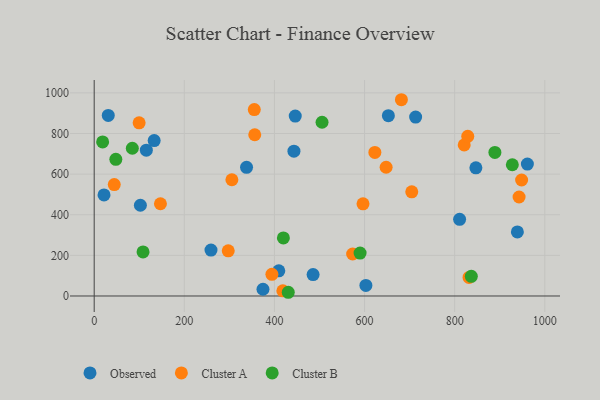
{"axis": {"x": "Study Hours", "y": "Fuel Efficiency"}, "legend": ["Cluster A", "Cluster B", "Observed"], "data": [{"x": "713.4", "y": 881.1, "type": "Observed"}, {"x": "102.5", "y": 446.8, "type": "Observed"}, {"x": "133.1", "y": 765.3, "type": "Observed"}, {"x": "259.2", "y": 226.3, "type": "Observed"}, {"x": "115.7", "y": 717.8, "type": "Observed"}, {"x": "443.3", "y": 712.9, "type": "Observed"}, {"x": "939.2", "y": 315.6, "type": "Observed"}, {"x": "446.2", "y": 885.9, "type": "Observed"}, {"x": "338.1", "y": 633.4, "type": "Observed"}, {"x": "961.4", "y": 649.3, "type": "Observed"}, {"x": "31.2", "y": 889.2, "type": "Observed"}, {"x": "652.9", "y": 887.7, "type": "Observed"}, {"x": "811.0", "y": 377.7, "type": "Observed"}, {"x": "409.7", "y": 124.0, "type": "Observed"}, {"x": "847.1", "y": 630.9, "type": "Observed"}, {"x": "374.6", "y": 33.2, "type": "Observed"}, {"x": "603.0", "y": 51.8, "type": "Observed"}, {"x": "21.8", "y": 497.7, "type": "Observed"}, {"x": "485.8", "y": 105.6, "type": "Observed"}, {"x": "704.8", "y": 513.0, "type": "Cluster A"}, {"x": "596.6", "y": 454.0, "type": "Cluster A"}, {"x": "147.0", "y": 454.1, "type": "Cluster A"}, {"x": "394.4", "y": 106.6, "type": "Cluster A"}, {"x": "356.3", "y": 793.8, "type": "Cluster A"}, {"x": "831.9", "y": 91.3, "type": "Cluster A"}, {"x": "305.6", "y": 572.3, "type": "Cluster A"}, {"x": "821.2", "y": 743.6, "type": "Cluster A"}, {"x": "418.7", "y": 25.2, "type": "Cluster A"}, {"x": "943.0", "y": 487.3, "type": "Cluster A"}, {"x": "681.8", "y": 966.3, "type": "Cluster A"}, {"x": "647.9", "y": 633.9, "type": "Cluster A"}, {"x": "99.7", "y": 852.6, "type": "Cluster A"}, {"x": "355.3", "y": 917.7, "type": "Cluster A"}, {"x": "948.6", "y": 571.1, "type": "Cluster A"}, {"x": "297.5", "y": 222.4, "type": "Cluster A"}, {"x": "622.9", "y": 706.8, "type": "Cluster A"}, {"x": "573.6", "y": 206.7, "type": "Cluster A"}, {"x": "44.5", "y": 548.6, "type": "Cluster A"}, {"x": "829.1", "y": 786.0, "type": "Cluster A"}, {"x": "889.3", "y": 706.9, "type": "Cluster B"}, {"x": "590.1", "y": 211.1, "type": "Cluster B"}, {"x": "928.0", "y": 646.2, "type": "Cluster B"}, {"x": "48.0", "y": 672.9, "type": "Cluster B"}, {"x": "419.9", "y": 285.8, "type": "Cluster B"}, {"x": "18.7", "y": 758.5, "type": "Cluster B"}, {"x": "837.0", "y": 96.8, "type": "Cluster B"}, {"x": "505.7", "y": 855.3, "type": "Cluster B"}, {"x": "108.4", "y": 217.0, "type": "Cluster B"}, {"x": "84.6", "y": 727.5, "type": "Cluster B"}, {"x": "430.7", "y": 18.3, "type": "Cluster B"}]}